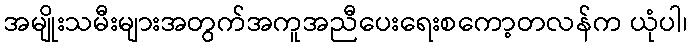
အမျိုးသမီးများအတွက်အကူအညီပေးရေးစကော့တလန်က ယုံပါ၊